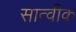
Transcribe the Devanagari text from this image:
सात्वीक